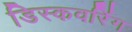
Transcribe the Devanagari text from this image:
डिस्कवरिंग